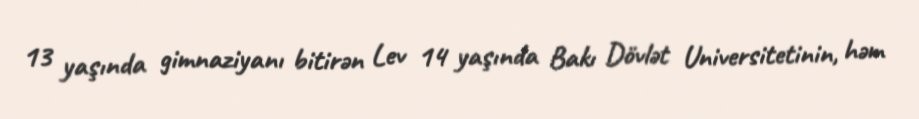
13 yaşında gimnaziyanı bitirən Lev 14 yaşında Bakı Dövlət Universitetinin, həm